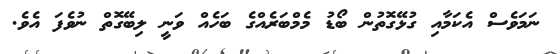
ނަމަވެސް އެކަމާއި ގުޅޭގޮތުން ބޯޑު މެމްބަރެއްގެ ބަހެއް ވަނީ ލިބޭގޮތް ނުވެފަ އެވެ.